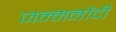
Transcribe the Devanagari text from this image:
जन्मनोंदी